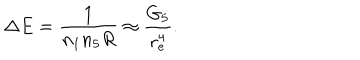
\Delta E = \frac { 1 } { n _ { 1 } n _ { 5 } R } \approx \frac { G _ { 5 } } { r _ { e } ^ { 4 } } .